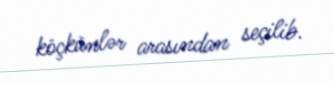
köçkünlər arasından seçilib.